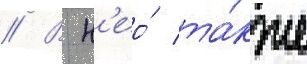
// В н'ео́ та́кже